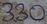
Text: 330